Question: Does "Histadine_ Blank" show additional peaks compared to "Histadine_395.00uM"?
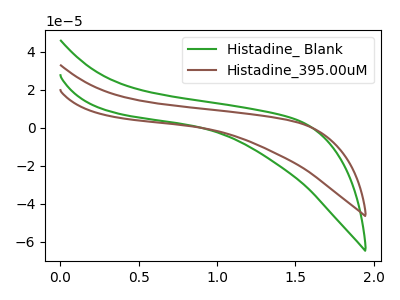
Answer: <think>The green curve "Histadine_ Blank" has no peaks. The brown curve "Histadine_395.00uM" has no peaks.
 Neither "Histadine_ Blank" or "Histadine_395.00uM" have any peaks.</think>
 <answer>No, "Histadine_ Blank" and "Histadine_395.00uM" don't appear to be significantly different in shape</answer>
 <eval>no_change</eval>